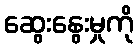
ဆွေးနွေးမှုကို